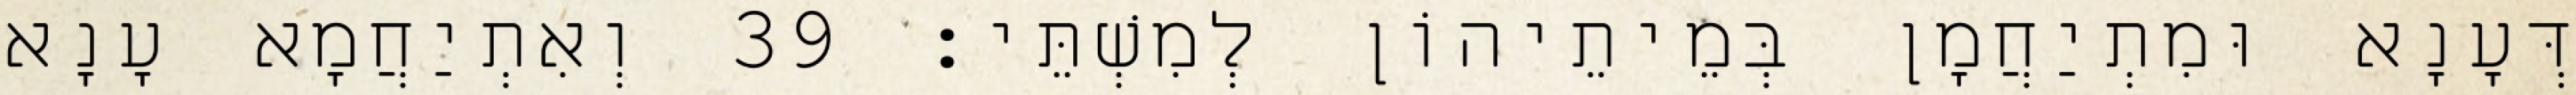
דְּעָנָא וּמִתְיַחֲמָן בְּמֵיתֵיהוֹן לְמִשְׁתֵּי׃ 39 וְאִתְיַחֲמָא עָנָא